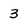
Character: 3